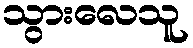
သွားလေသူ